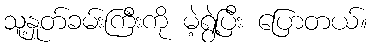
သူ့နှုတ်ခမ်းကြီးကို မဲ့ရွဲ့ပြီး ပြောတယ်။